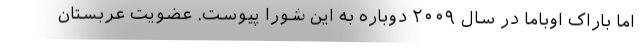
اما باراک اوباما در سال ۲۰۰۹ دوباره به این شورا پیوست. عضویت عربستان